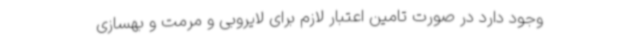
وجود دارد در صورت تامین اعتبار لازم برای لایروبی و مرمت و بهسازی